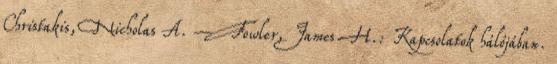
Christakis, Nicholas A. – Fowler, James H.: Kapcsolatok hálójában.